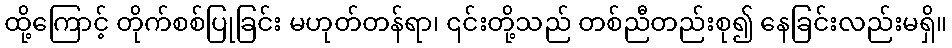
ထို့ကြောင့် တိုက်စစ်ပြုခြင်း မဟုတ်တန်ရာ၊ ၎င်းတို့သည် တစ်ညီတည်းစု၍ နေခြင်းလည်းမရှိ။